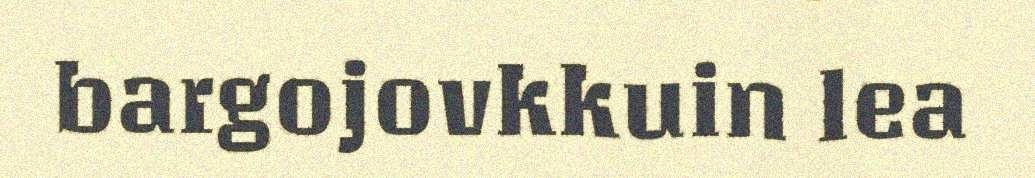
bargojovkkuin lea